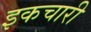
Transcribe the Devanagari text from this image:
इकचारी